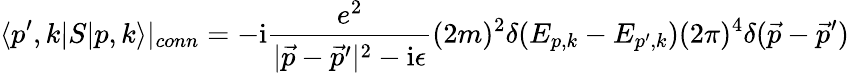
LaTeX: \langle p^{\prime},k|S|p,k\rangle|_{conn}=-\mathrm{i}{\frac{e^{2}}{|{\vec{p}}-{\vec{p}}^{\prime}|^{2}-\mathrm{i}\epsilon}}(2m)^{2}\delta(E_{p,k}-E_{p^{\prime},k})(2\pi)^{4}\delta({\vec{p}}-{\vec{p}}^{\prime})